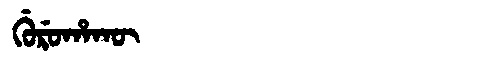
Manchu: ᡤᡠᡵᡠᡥᠠᡴᡡ
Romanization: GURUHAKŪ